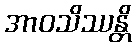
အာဝသိဿန္တိ